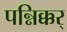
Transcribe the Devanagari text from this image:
पन्निक्कर्